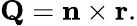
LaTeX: \mathbf{Q}=\mathbf{n}\times\mathbf{r}.